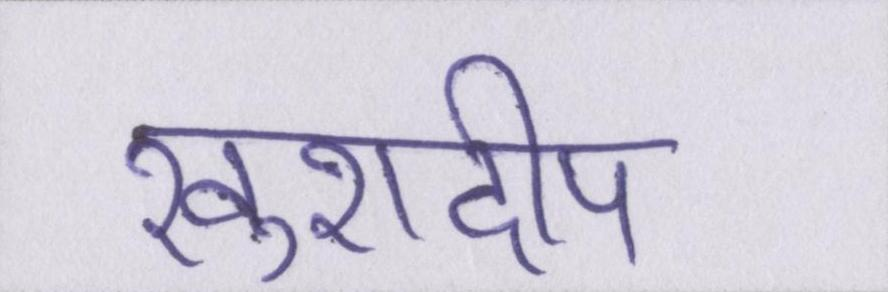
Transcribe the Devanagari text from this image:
खुशदीप